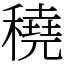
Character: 穘